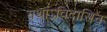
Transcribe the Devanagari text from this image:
यथाऽविदासिन